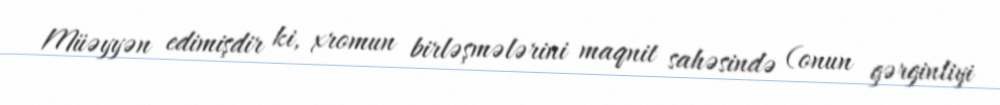
Müəyyən edimişdir ki, xromun birləşmələrini maqnit sahəsində (onun gərginliyi